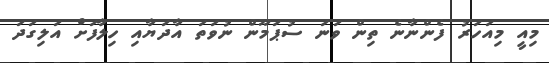
މިއީ މިއަހަރު ފެންނާނެ ތިން ވަނަ ސުޕަމޫން ނުވަތަ އާދަޔާއި ހިލާފަށް އަލިގަދަ